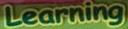
Learning